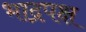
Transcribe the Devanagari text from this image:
भाद्रपक्ष